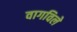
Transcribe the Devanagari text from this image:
वागविले